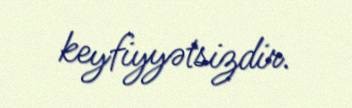
keyfiyyətsizdir.